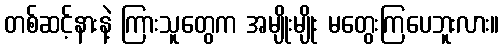
တစ်ဆင့်နားနဲ့ ကြားသူတွေက အမျိုးမျိုး မတွေးကြပေဘူးလား။